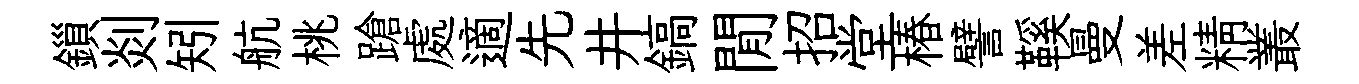
鎻剡矧航桃蹌處適先井鎬閒招堂椿譬鞵曼差精叢